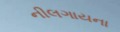
નીલગાયના